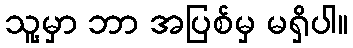
သူ့မှာ ဘာ အပြစ်မှ မရှိပါ။